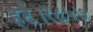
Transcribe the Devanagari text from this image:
हटे।१८५७